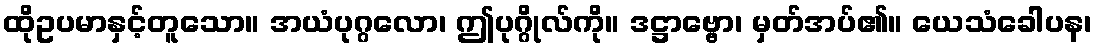
ထိုဥပမာနှင့်တူသော။ အယံပုဂ္ဂလော၊ ဤပုဂ္ဂိုလ်ကို။ ဒဋ္ဌာဗ္ဗော၊ မှတ်အပ်၏။ ယေသံခေါပန၊